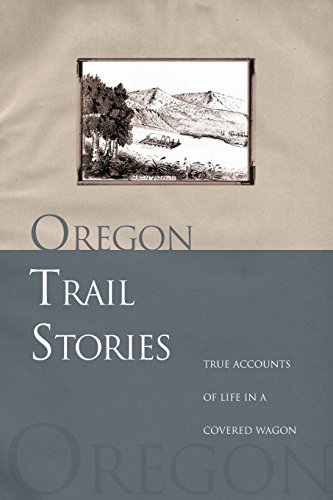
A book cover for Oregon Trail Stories: True Accounts Of Life In A Covered Wagon; David Klausmeyer; Travel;